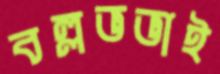
বল্লভভাই